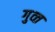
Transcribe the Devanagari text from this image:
गुव्त